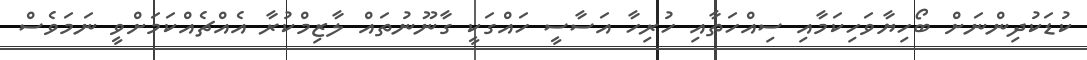
ކުޑަކުދިންނަށް ބޯހިޔާވަހިކަމާއި ސިއްހަތާއި ހުރިހާ އަސާސީ ހައްގަކީ ގާނޫނުތައް ލާޒިމްކުރާ އެއްޗެއްކަމަށްވީ ނަމަވެސް